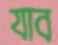
যাব